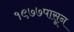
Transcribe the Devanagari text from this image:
१९७७पासून